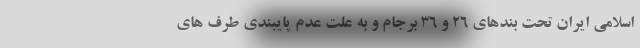
اسلامی ایران تحت بندهای ۲۶ و ۳۶ برجام و به علت عدم پایبندی طرف های